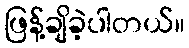
ဖြန့်ချိခဲ့ပါတယ်။